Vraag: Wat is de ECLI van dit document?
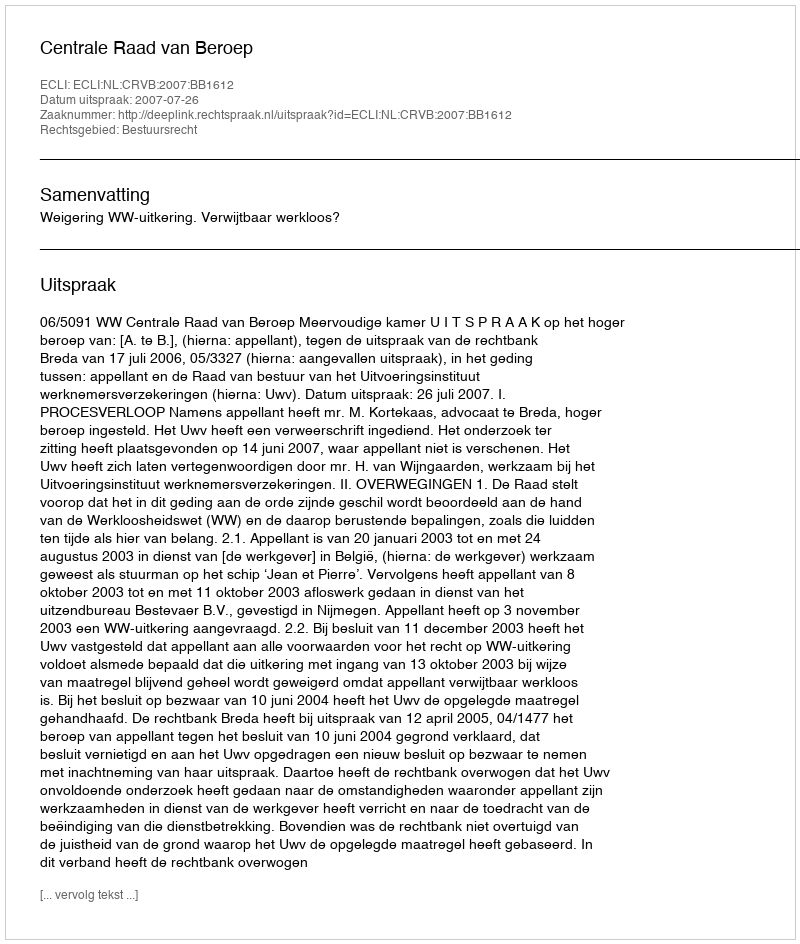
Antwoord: ECLI:NL:CRVB:2007:BB1612